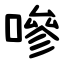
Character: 嘇